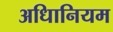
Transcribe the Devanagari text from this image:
अधिानियम